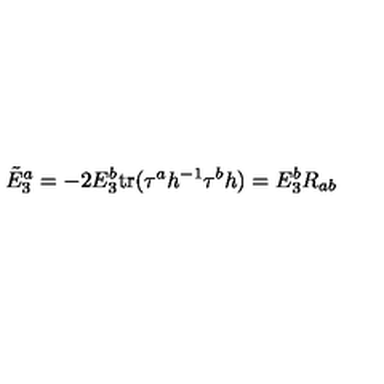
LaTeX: \tilde { E } _ { 3 } ^ { a } = - 2 E _ { 3 } ^ { b } \mathrm { t r } ( \tau ^ { a } h ^ { - 1 } \tau ^ { b } h ) = E _ { 3 } ^ { b } R _ { a b } \,